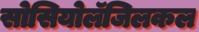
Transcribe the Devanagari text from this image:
सोसियोलॅजिलकल